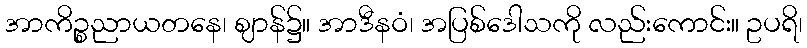
အာကိဉ္စညာယတနေ၊ ဈာန်၌။ အာဒီနဝံ၊ အပြစ်ဒေါသကို လည်းကောင်း။ ဥပရိ၊